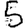
Digit: 5